Lunatic asylums Bombay report 1878-1890 - 1878-1890
Year: 1878
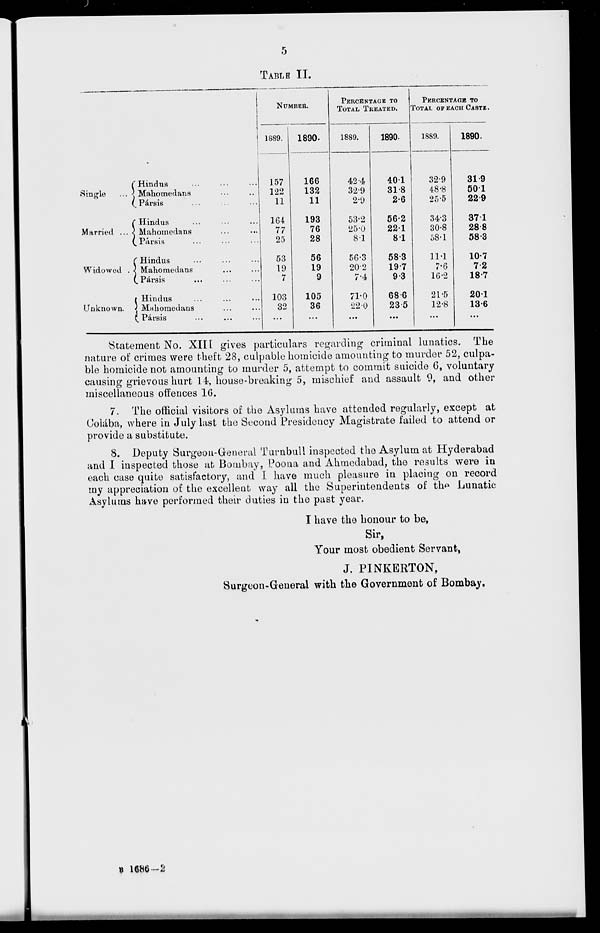
5
TABLE II.
Single
...
Married ...
Widowed ...
Unknown.
Hindus ... ... ...
Mahomedans ... ...
Pársis ... ... ...
Hindus ... ... ...
Mahomedans ... ...
Pársis ... ... ...
Hindus ... ... ...
Mahomedans ... ...
Pársis ... ... ...
Hindus ... ...
Mahomedans ... ...
Pársis ... ... ...
NUMBER.
1889.
157
122
11
164
77
25
53
19
7
103
32
...
1890.
166
132
11
193
76
28
56
19
9
105
36
...
PERCENTAGE TO
TOTAL TREATED.
1889.
42.4
32.9
2.9
53.2
25.0
8.1
56.3
20.2
7.4
71.0
22.0
...
1890.
40.1
31.8
2.6
56.2
221
8 1
58.3
19.7
9.3
68.6
23.5
...
PERVENTAGE TO
TOTAL OF EACH CASTE.
1889.
32.9
48.8
25.5
34.3
30.8
58.1
11.1
7.6
16.2
21.5
12.8
...
1890.
31.9
50.1
22.9
37.1
28.8
58.3
10.7
7.2
18.7
20.1
13.6
...
Statement No. XIII gives particulars regarding criminal lunatics. The
nature of crimes were theft 28, culpable homicide amounting to murder 52, culpa-
ble homicide not amounting to murder 5, attempt to commit suicide 6, voluntary
causing grievous hurt 14, house-breaking 5, mischief and assault 9, and other
miscellaneous offences 16.
7. The official visitors of the Asylums have attended regularly, except at
Colába, where in July last the Second Presidency Magistrate failed to attend or
provide a substitute.
8. Deputy Surgeon-General Turnbull inspected the Asylum at Hyderabad
and I inspected those at Bombay, Poona and Ahmedabad, the results were in
each case quite satisfactory, and I have much pleasure in placing on record
my appreciation of the excellent way all the Superintendents of the Lunatic
Asylums have performed their duties in the past year.
I have the honour to be,
Sir,
Your most obedient Servant,
J. PINKERTON,
Surgeon-General with the Government of Bombay.
B 1686-2